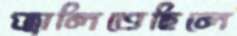
জ্বালিতেছিলে